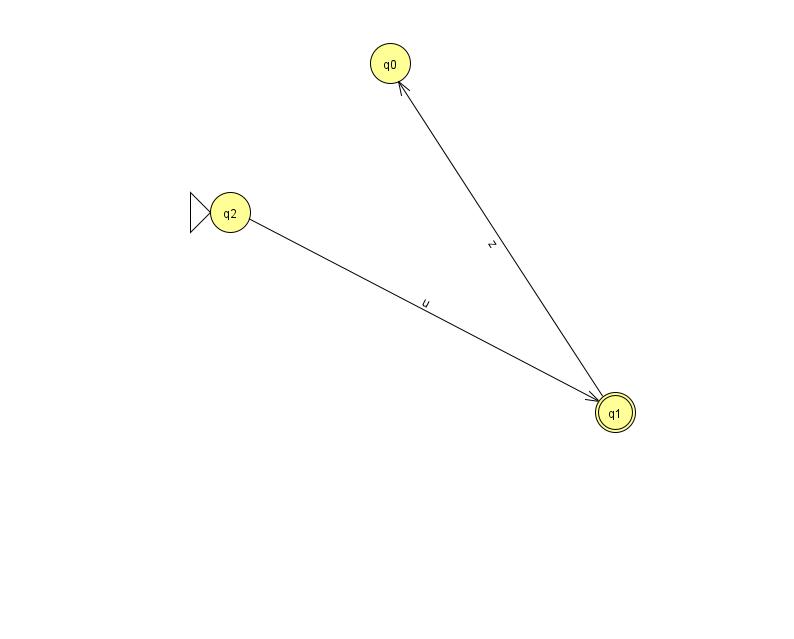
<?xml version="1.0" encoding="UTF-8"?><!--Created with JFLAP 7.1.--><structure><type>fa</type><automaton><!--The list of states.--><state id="0" name="q0"><x>390.0</x><y>50.0</y></state><state id="1" name="q1"><x>615.0</x><y>399.0</y><final/></state><state id="2" name="q2"><x>230.0</x><y>199.0</y><initial/></state><!--The list of transitions.--><transition><from>1</from><to>0</to><read>z</read></transition><transition><from>2</from><to>1</to><read>u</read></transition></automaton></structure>